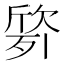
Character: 𭮙